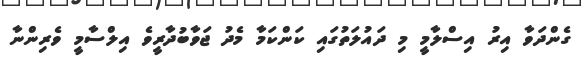
ގެންދަވާ އިރު އިސްލާމީ މި ދައުލަތުގައި ކަންކަމާ މެދު ޖަވާބުދާރީވެ އިލްސާމީ ވެރިންނާ